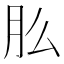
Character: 𬁲